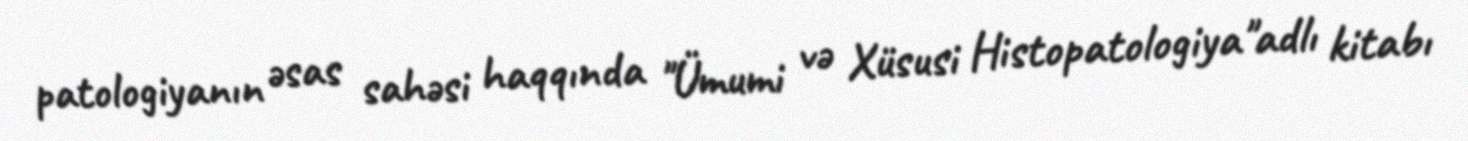
patologiyanın əsas sahəsi haqqında "Ümumi və Xüsusi Histopatologiya"adlı kitabı